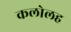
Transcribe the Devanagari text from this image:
कलोलह